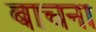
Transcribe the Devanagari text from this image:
बाचना